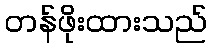
တန်ဖိုးထားသည်